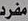
مفرد